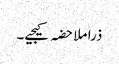
ذرا ملاحضہ کیجیے۔